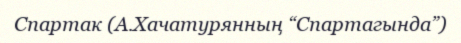
Спартак (А.Хачатурянның “Спартагында”)